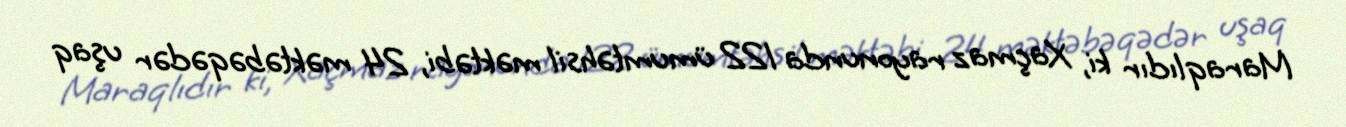
Maraqlıdır ki, Xaçmaz rayonunda 122 ümumtəhsil məktəbi, 24 məktəbəqədər uşaq